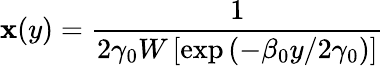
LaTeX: \mathbf{x}(y)=\frac{{1}}{{2\gamma_{0}W\left[\exp{\left(-\beta_{0}y/2\gamma_{0}\right)}\right]}}